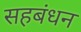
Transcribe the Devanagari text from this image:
सहबंधन